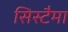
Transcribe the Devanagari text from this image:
सिस्टैमा